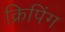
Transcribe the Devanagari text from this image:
क्रिपिंग